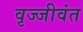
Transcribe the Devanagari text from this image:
वृज्जीवंत